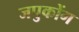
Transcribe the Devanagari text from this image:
जपुकोंग